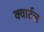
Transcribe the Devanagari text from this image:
क्वार्टल